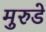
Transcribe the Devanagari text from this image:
मुरुडे